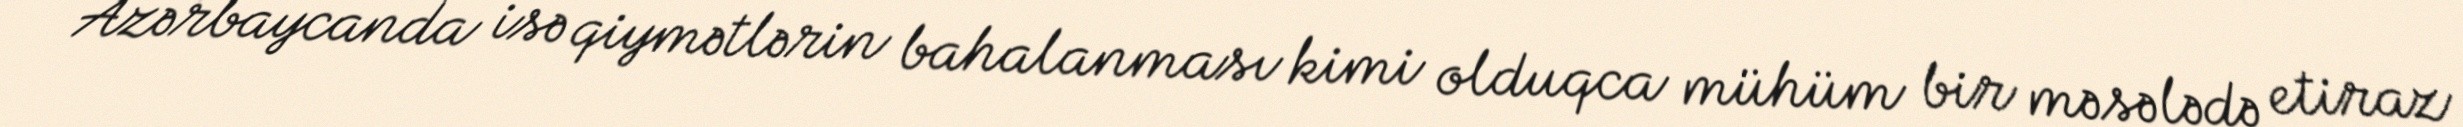
Azərbaycanda isə qiymətlərin bahalanması kimi olduqca mühüm bir məsələdə etiraz